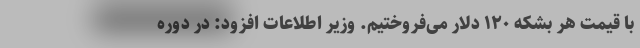
با قیمت هر بشکه ۱۲۰ دلار می‌فروختیم. وزیر اطلاعات افزود: در دوره